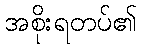
အစိုးရတပ်၏